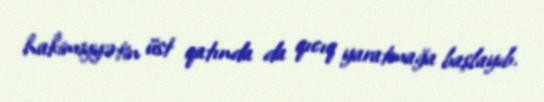
hakimiyyətin üst qatında da qıcıq yaratmağa başlayıb.